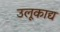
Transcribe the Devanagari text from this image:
उलूकाद्य